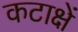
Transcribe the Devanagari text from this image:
कटाक्षें